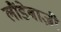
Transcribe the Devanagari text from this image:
लौंडेबाज़ी